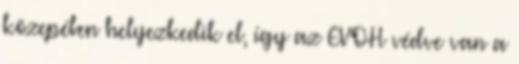
közepében helyezkedik el, így az EVOH védve van a